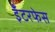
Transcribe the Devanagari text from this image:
इँटरफेस